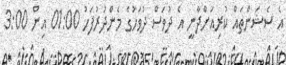
އެ ސެޝަންތައް ކުރިއަށްދާނީ އެ ދުވަސް ދުވަހުގެ މެންދުރުފަހު 01:00 އިން 3:00